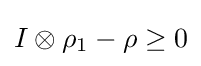
I\otimes \rho _{1}-\rho \geq 0